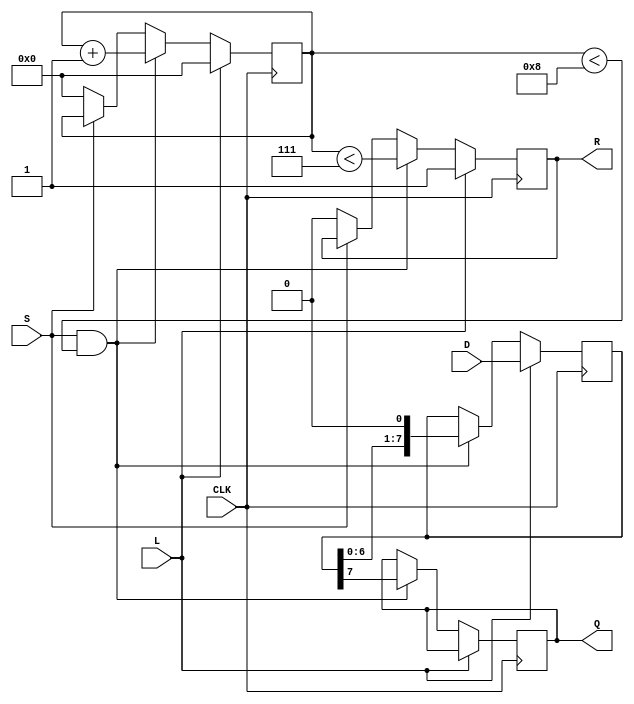
module PISO_Register (
    input wire [7:0] D,       // Parallel data input (8 bits)
    input wire L,             // Load signal
    input wire S,             // Shift signal
    input wire CLK,           // Clock signal
    output reg Q,             // Serial output
    output reg R              // Ready signal (optional)
);

    reg [7:0] shift_reg;      // Internal shift register (8 bits)
    reg [3:0] count;          // Bit count for shifting

    // Initialization
    initial begin
        shift_reg = 8'b0;
        Q = 1'b0;
        R = 1'b0;
        count = 4'b0;
    end

    // Synchronous process
    always @(posedge CLK) begin
        if (L) begin
            // Load data into the shift register
            shift_reg <= D;
            count <= 4'b0;  // Reset the count for new data
            R <= 1'b1;       // Set Ready signal
        end
        else if (S && (count < 8)) begin
            // Shift data serially if Shift signal is active
            Q <= shift_reg[7]; // Output the MSB
            shift_reg <= {shift_reg[6:0], 1'b0}; // Shift left
            count <= count + 1; // Increment the count
            R <= (count < 7); // Update Ready signal until all bits are shifted
        end
        else if (!S) begin
            // Reset count if Shift is inactive
            count <= 4'b0;  
            R <= 1'b0; // Reset Ready signal when not shifting
        end
    end

endmodule